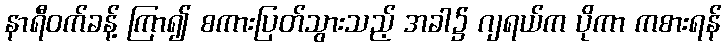
နာရီဝက်ခန့် ကြာ၍ စကားပြတ်သွားသည့် အခါ၌ ဂျရယ်က ပိုကာ ကစားရန်